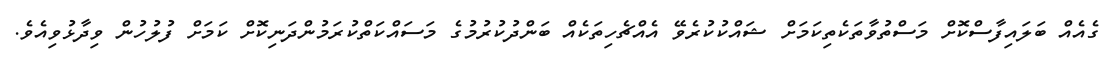
ގެއެއް ބަލައިފާސްކޮށް މަސްތުވާތަކެތިކަމަށް ޝައްކުކުރެވޭ އެއްޗެހިތަކެއް ބަންދުކުރުމުގެ މަސައްކަތްކުރަމުންދަނިކޮށް ކަމަށް ފުލުހުން ވިދާޅުވިއެވެ.